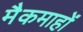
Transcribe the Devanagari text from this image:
मैकमाहों